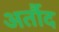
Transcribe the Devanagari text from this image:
अर्तौद